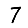
Digit: 7